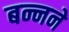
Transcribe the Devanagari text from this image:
बन्नने